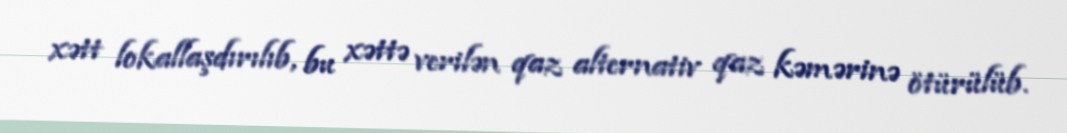
xətt lokallaşdırılıb, bu xəttə verilən qaz alternativ qaz kəmərinə ötürülüb.